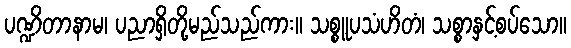
ပဏ္ဍိတာနာမ၊ ပညာရှိတို့မည်သည်ကား။ သစ္စူပသံဟိတံ၊ သစ္စာနှင့်စပ်သော။